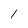
Character: 1